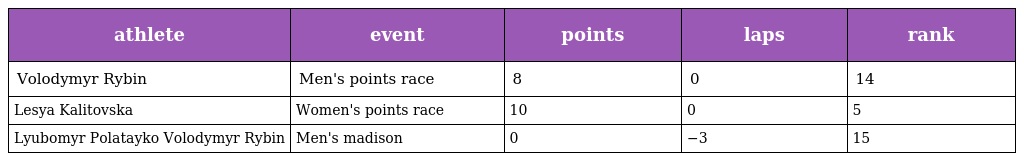
| athlete | event | points | laps | rank |
 | --- | --- | --- | --- | --- |
 | Volodymyr Rybin | Men's points race | 8 | 0 | 14 |
 | Lesya Kalitovska | Women's points race | 10 | 0 | 5 |
 | Lyubomyr Polatayko Volodymyr Rybin | Men's madison | 0 | −3 | 15 |